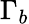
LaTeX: \Gamma_{b}